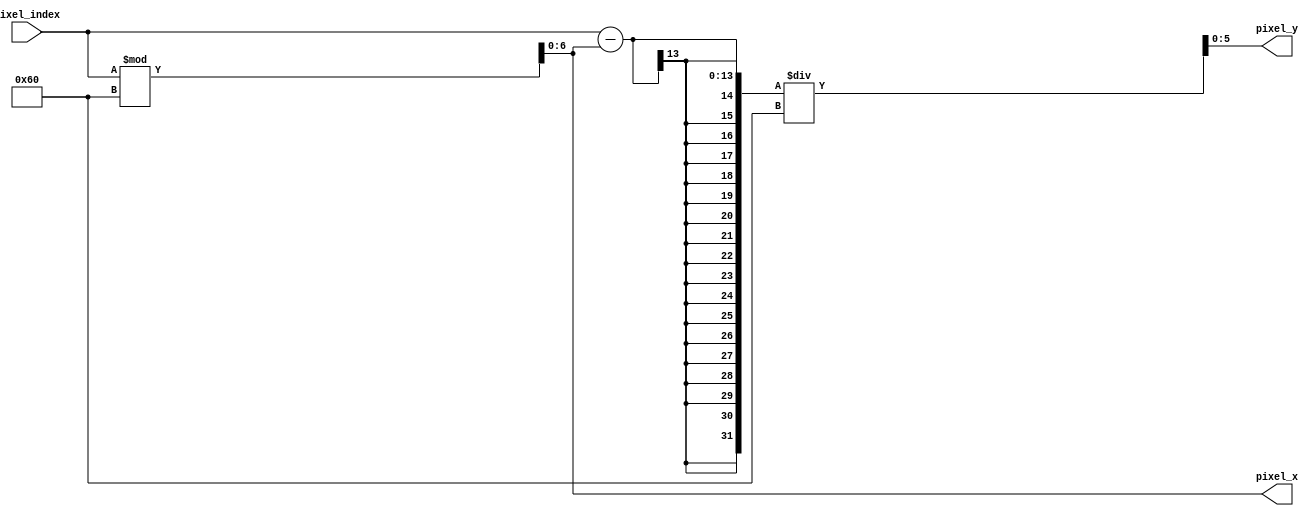
`timescale 1ns / 1ps
//////////////////////////////////////////////////////////////////////////////////
// Company: 
// Engineer: 
// 
// Design Name: 
// Module Name: pixel_x_y
// Project Name: 
// Target Devices: 
// Tool Versions: 
// Description: 
// 
// Dependencies: 
// 
// Revision:
// Revision 0.01 - File Created
// Additional Comments:
// 
//////////////////////////////////////////////////////////////////////////////////


module pixel_x_y(input [12:0] pixel_index, output [6:0] pixel_x, output [5:0] pixel_y);
    assign pixel_x = (pixel_index) % 96;
    assign pixel_y = (pixel_index - pixel_x) / 96;
endmodule